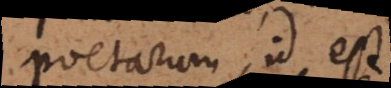
poetarum, id est